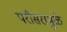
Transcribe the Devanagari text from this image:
परीसरामुळे